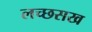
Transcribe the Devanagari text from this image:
लच्छसख